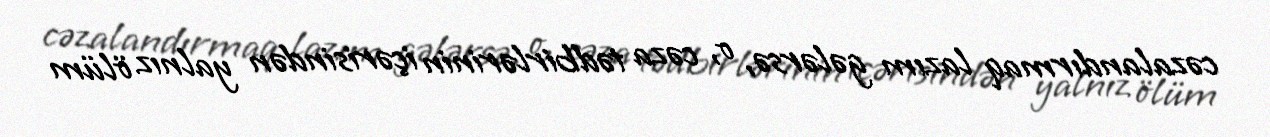
cəzalandırmaq lazım gələrsə, o, cəza tədbirlərinin içərisindən yalnız ölüm